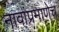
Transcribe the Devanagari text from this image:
नावांप्रमाणेच